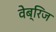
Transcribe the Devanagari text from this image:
वेब्रिज